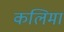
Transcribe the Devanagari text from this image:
कलिमा